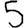
Digit: 5